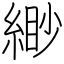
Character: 緲